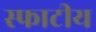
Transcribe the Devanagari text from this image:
स्फाटीय